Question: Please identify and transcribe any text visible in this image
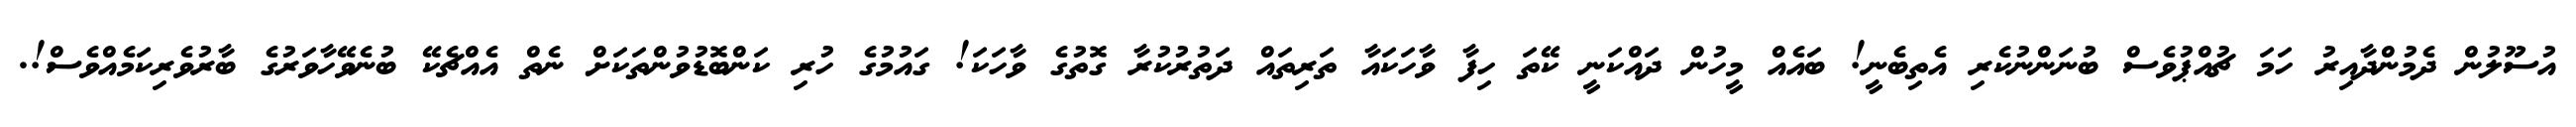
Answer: އުސޫލުން ދެމުންދާއިރު ހަމަ ޗުއްޕުވެސް ބުނަންނުކެރި އެތިބެނީ! ބައެއް މީހުން ދައްކަނީ ކޭތަ ހިފާ ވާހަކައާ ތަރިތައް ދަތުރުކުރާ ގޮތުގެ ވާހަކަ! ގައުމުގެ ހުރި ކަންބޮޑުވުންތަކަށް ނެތް އެއްޗެކޭ ބުނެވޭހާވަރުގެ ބާރުވެރިކަމެއްވެސް!.